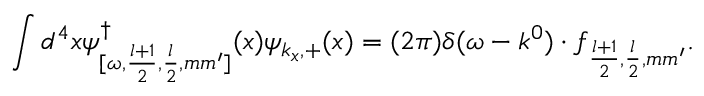
\int d ^ { 4 } x \psi _ { [ \omega , \frac { l + 1 } { 2 } , \frac { l } { 2 } , m m ^ { \prime } ] } ^ { \dagger } ( x ) \psi _ { k _ { x } , + } ( x ) = ( 2 \pi ) \delta ( \omega - k ^ { 0 } ) \cdot f _ { \frac { l + 1 } { 2 } , \frac { l } { 2 } , m m ^ { \prime } } .